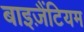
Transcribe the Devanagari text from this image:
बाइज़ैंटियम